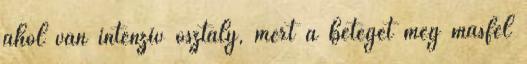
ahol van intenzív osztály, mert a beteget még másfél